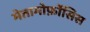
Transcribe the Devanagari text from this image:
मेतामोर्फ़ोसिस